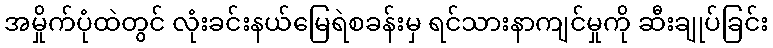
အမှိုက်ပုံထဲတွင် လုံးခင်းနယ်မြေရဲစခန်းမှ ရင်သားနာကျင်မှုကို ဆီးချုပ်ခြင်း